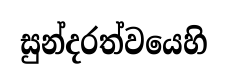
සුන්දරත්වයෙහි